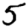
Digit: 5